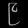
Digit: ၉